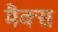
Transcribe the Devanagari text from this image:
मैक्‍स